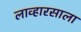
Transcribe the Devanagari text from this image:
लाव्हारसाला